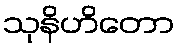
သုနိဟိတော